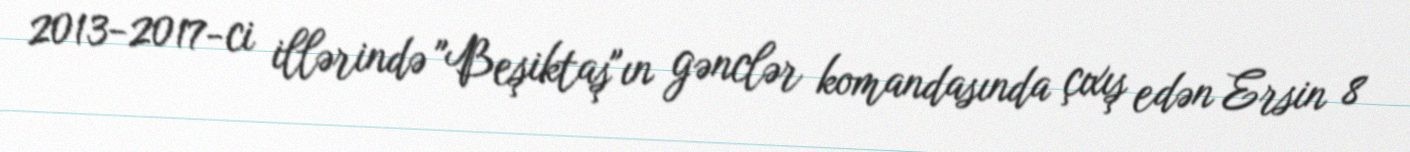
2013-2017-ci illərində "Beşiktaş"ın gənclər komandasında çıxış edən Ersin 8